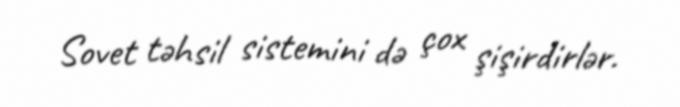
Sovet təhsil sistemini də çox şişirdirlər.